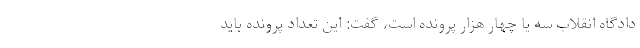
دادگاه انقلاب سه یا چهار هزار پرونده است، گفت: این تعداد پرونده باید